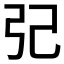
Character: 𢀶